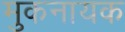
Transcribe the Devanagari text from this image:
मुकनायक